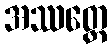
အဿတ္ထေ